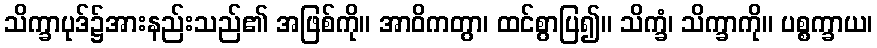
သိက္ခာပုဒ်၌အားနည်းသည်၏ အဖြစ်ကို။ အာဝိကတွာ၊ ထင်စွာပြ၍။ သိက္ခံ၊ သိက္ခာကို။ ပစ္စက္ခာယ၊